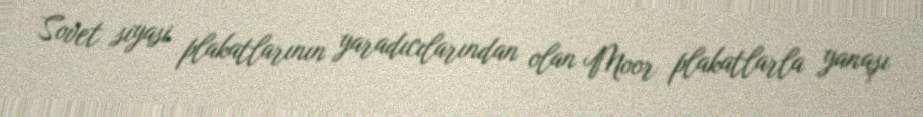
Sovet siyasi plakatlarının yaradıcılarından olan Moor plakatlarla yanaşı